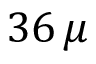
3 6 \, \mu